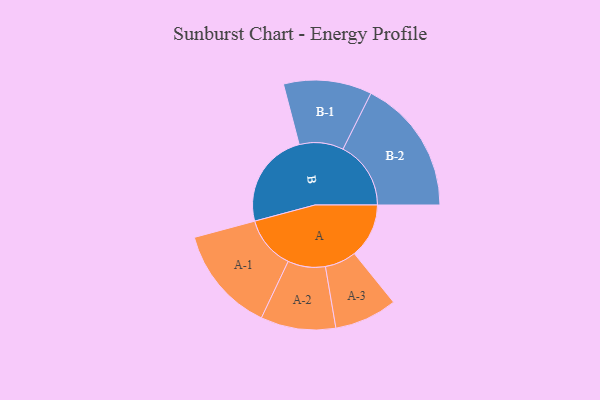
{"axis": {"x": "Segment", "y": "Value"}, "legend": ["", "A", "B"], "data": [{"x": "A", "y": 214, "type": ""}, {"x": "B", "y": 379, "type": ""}, {"x": "A-1", "y": 208, "type": "A"}, {"x": "A-2", "y": 147, "type": "A"}, {"x": "A-3", "y": 123, "type": "A"}, {"x": "B-1", "y": 173, "type": "B"}, {"x": "B-2", "y": 266, "type": "B"}]}